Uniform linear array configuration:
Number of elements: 12
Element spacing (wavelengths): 0.5
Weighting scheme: kaiser
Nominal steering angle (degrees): -30
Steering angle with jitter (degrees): -28.224
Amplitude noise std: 0.05
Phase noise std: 0.05

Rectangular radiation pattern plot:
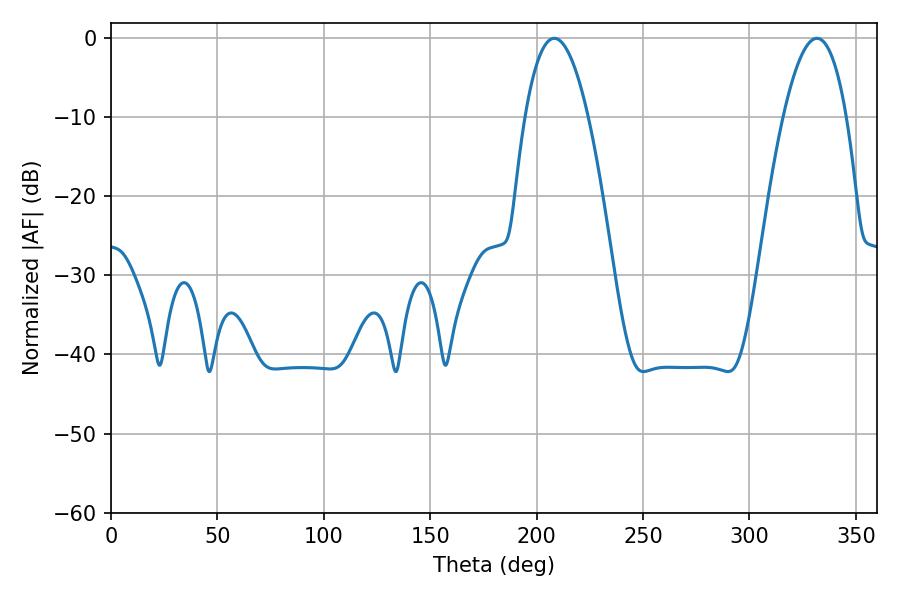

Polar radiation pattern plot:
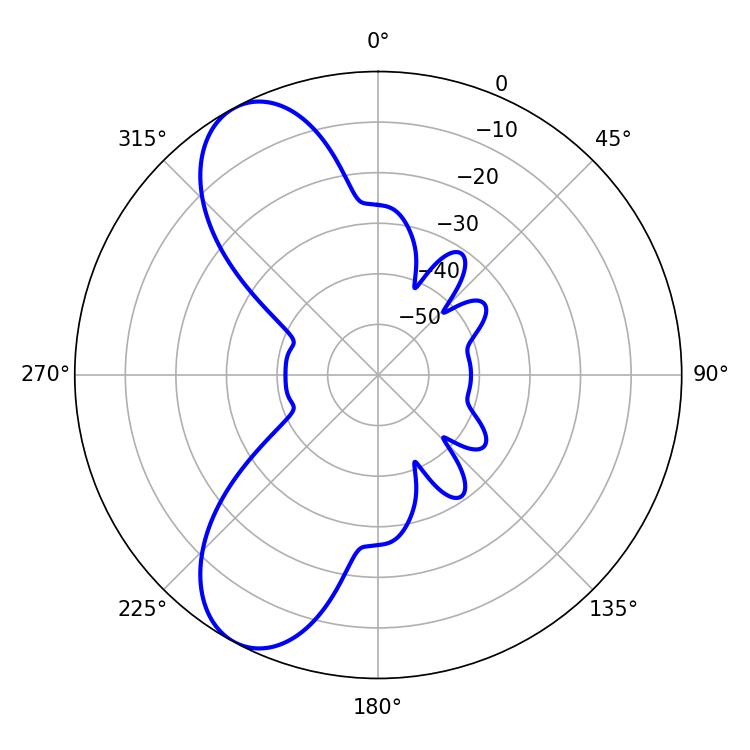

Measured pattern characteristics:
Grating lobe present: FALSE
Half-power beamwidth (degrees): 16.2
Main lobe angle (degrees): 208.26